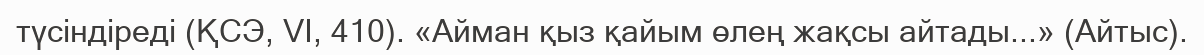
түсіндіреді (ҚСЭ, VI, 410). «Айман қыз қайым өлең жақсы айтады...» (Айтыс).